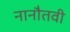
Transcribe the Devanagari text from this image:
नानौतवी